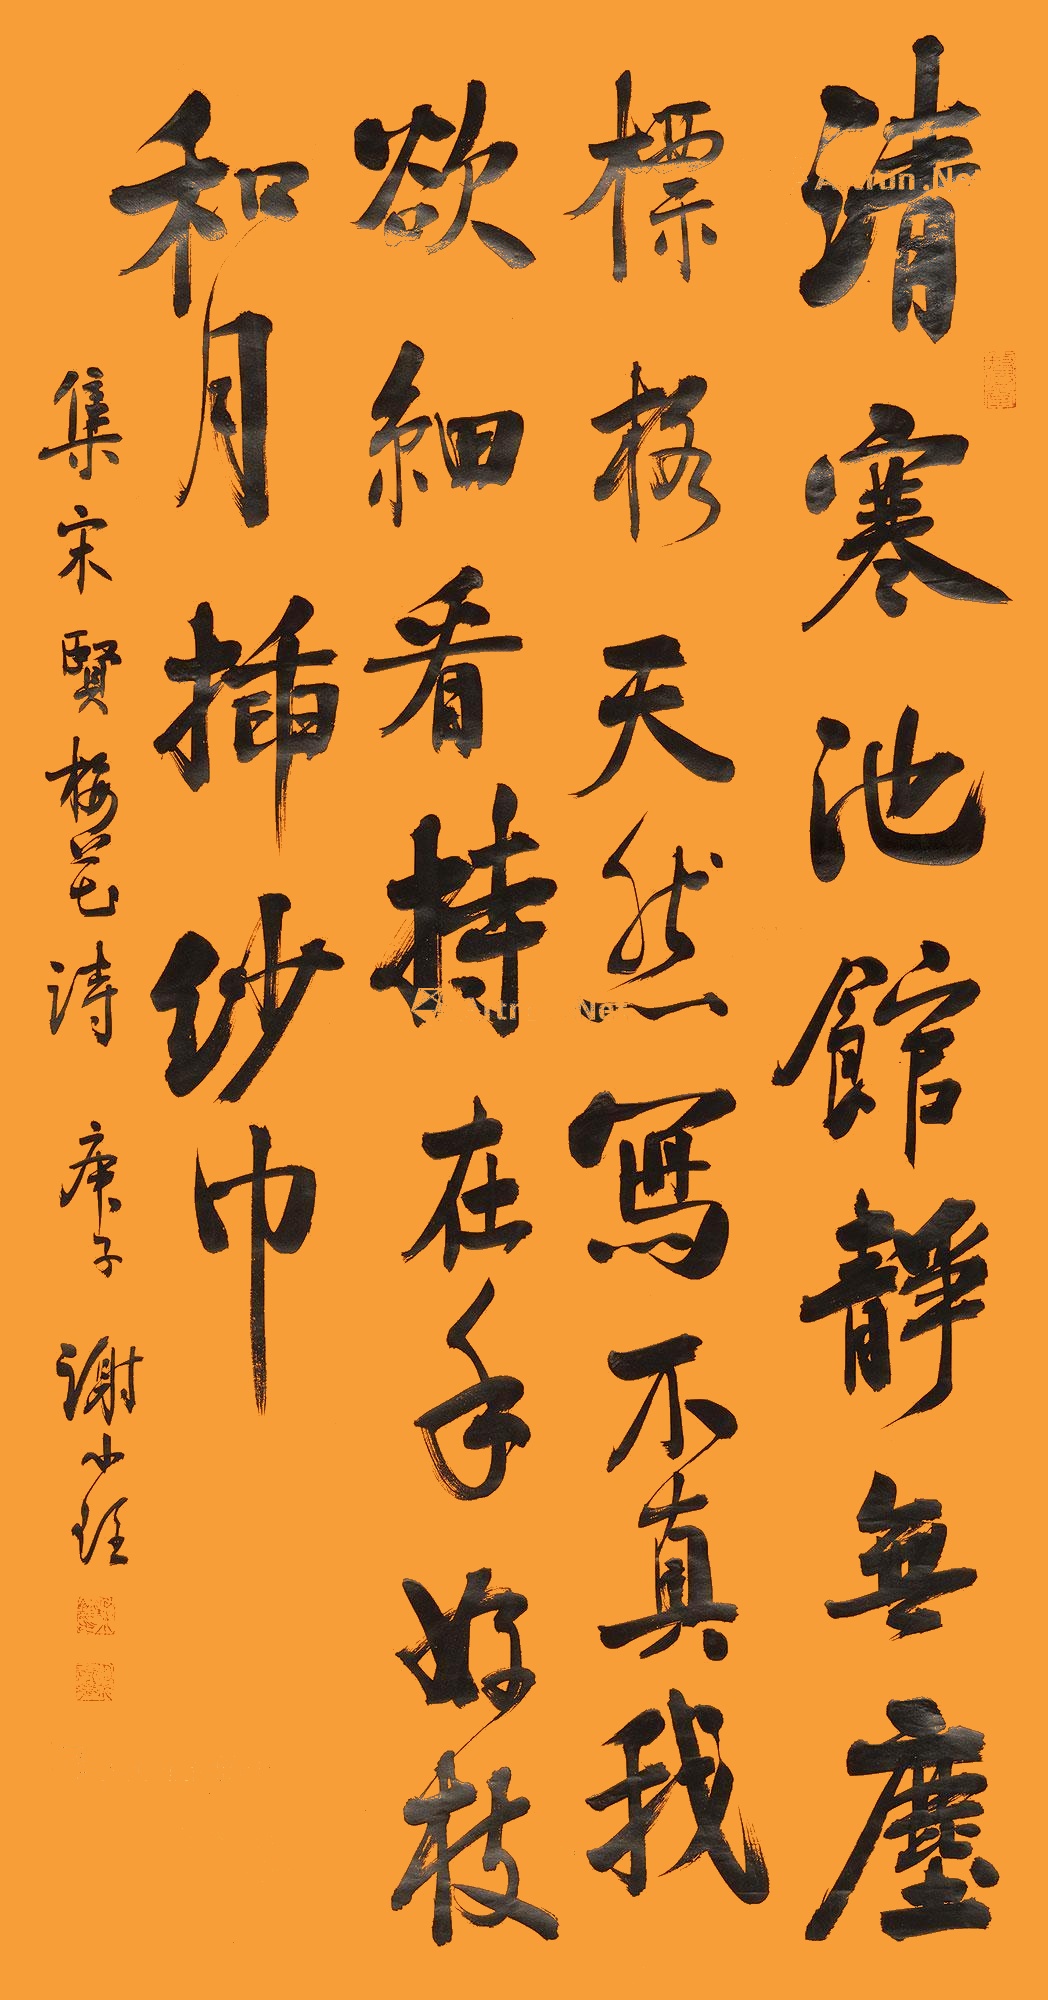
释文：清寒池馆静无尘，标格天然写不真。我欲细看持在手，好枝和月插纱巾。集宋贤梅花诗。庚子，谢小铨。